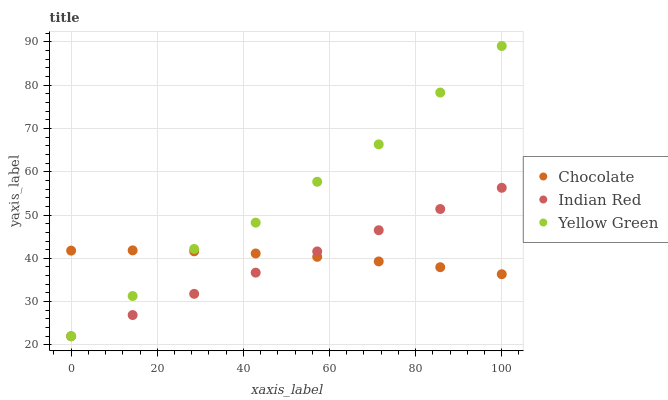
| xaxis_label | Chocolate | Indian Red | Yellow Green |
 | --- | --- | --- | --- |
 | 0 | 41.8 | 22 | 22 |
 | 14.3 | 41.8 | 26.9 | 31.3 |
 | 28.6 | 41.6 | 31.8 | 42.2 |
 | 42.9 | 41.1 | 36.7 | 48.2 |
 | 57.1 | 40.3 | 41.6 | 57.7 |
 | 71.4 | 39.3 | 46.5 | 66.3 |
 | 85.7 | 38 | 51.4 | 78.3 |
 | 100 | 36.3 | 56.3 | 89.1 |